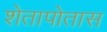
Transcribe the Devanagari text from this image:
शेतापोतास